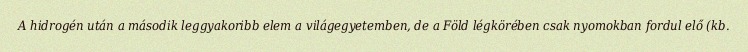
A hidrogén után a második leggyakoribb elem a világegyetemben, de a Föld légkörében csak nyomokban fordul elő (kb.